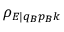
\rho _ { E | q _ { B } p _ { B } k }